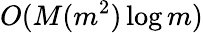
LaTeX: O(M(m^{2})\log m)